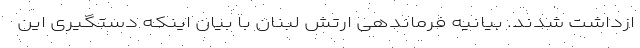
ازداشت شدند. بیانیه فرماندهی ارتش لبنان با بیان اینکه دستگیری این